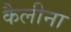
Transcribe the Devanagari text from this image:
कैलीना